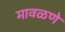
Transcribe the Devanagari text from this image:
मावळणे